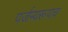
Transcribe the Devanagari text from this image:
पर्जन्यरूपच